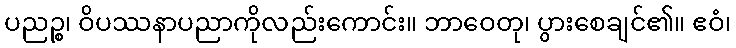
ပညဉ္စ၊ ဝိပဿနာပညာကိုလည်းကောင်း။ ဘာဝေတု၊ ပွားစေချင်၏။ ဧဝံ၊